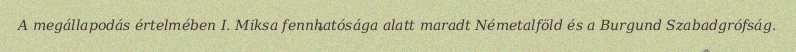
A megállapodás értelmében I. Miksa fennhatósága alatt maradt Németalföld és a Burgund Szabadgrófság.